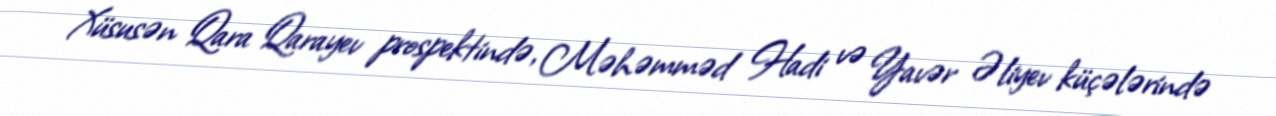
Xüsusən Qara Qarayev prospektində, Məhəmməd Hadi və Yavər Əliyev küçələrində